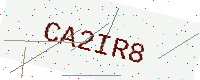
Text: CA2IR8